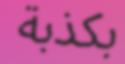
بكذبة